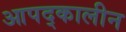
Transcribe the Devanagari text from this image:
आपद्कालीन